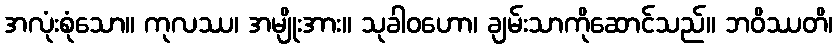
အလုံးစုံသော။ ကုလဿ၊ အမျိုးအား။ သုခါဝဟော၊ ချမ်းသာကိုဆောင်သည်။ ဘဝိဿတိ၊